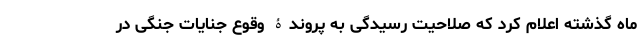
ماه گذشته اعلام کرد که صلاحیت رسیدگی به پروندۀ وقوع جنایات جنگی در